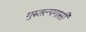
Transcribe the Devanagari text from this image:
गुरुतल्पगासी